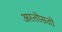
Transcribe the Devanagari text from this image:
अस्तोसतो